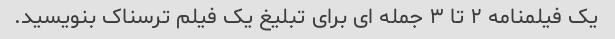
یک فیلمنامه ۲ تا ۳ جمله ای برای تبلیغ یک فیلم ترسناک بنویسید.